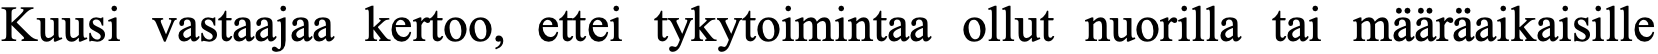
Kuusi vastaajaa kertoo, ettei tykytoimintaa ollut nuorilla tai määräaikaisille